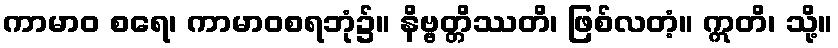
ကာမာဝ စရေ၊ ကာမာဝစရဘုံ၌။ နိဗ္ဗတ္တိဿတိ၊ ဖြစ်လတံ့။ ဣတိ၊ သို့။